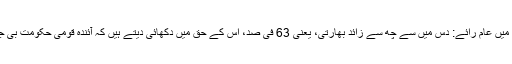
سیاسی جماعتوں کے بارے میں عام رائے: دس میں سے چھ سے زائد بھارتی، یعنی 63 فی صد، اس کے حق میں دکھائی دیتے ہیں کہ آئندہ قومی حکومت بی جے پی کو سنبھالنی چاہیئے۔